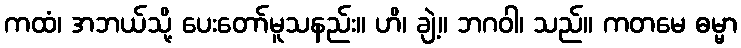
ကထံ၊ အဘယ်သို့ ပေးတော်မူသနည်း။ ဟိ၊ ချဲ့။ ဘဂဝါ၊ သည်။ ကတမေ ဓမ္မာ